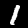
Digit: 1